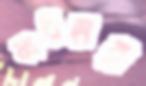
ফারিহার